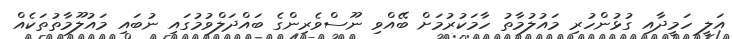
އަލީ ހަމީދާއި ގުޅުންހުރި މައުލުމާތު ހާމަކުރުމަށް ބޭއްވި ނޫސްވެރިންގެ ބައްދަލްވުމުގައި ނުބައި މައުލޫމާތުތަކެއް